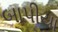
બાપીયા